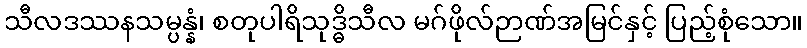
သီလဒဿနသမ္ပန္နံ၊ စတုပါရိသုဒ္ဓိသီလ မဂ်ဖိုလ်ဉာဏ်အမြင်နှင့် ပြည့်စုံသော။